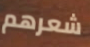
شعرهم